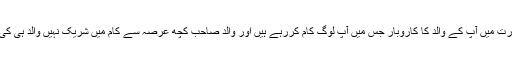
مذکورہ صورت میں آپ کے والد کا کاروبار جس میں آپ لوگ کام کررہے ہیں اور والد صاحب کچھ عرصہ سے کام میں شریک نہیں والد ہی کی ملکیت ہے۔